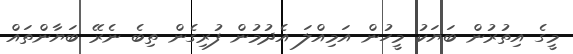
މީގެ އިތުރުން ބަޔަކު މީހުން އަމިއްލަ އެދުމުން ފުރިގެން ތިބެ ނެރޭ ބަޔާންތައް